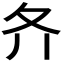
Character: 𡕓